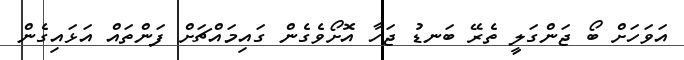
އަވަހަށް ބޯ ޖަންގަލީ ތެރޭ ބަނޑު ޖަހާ އޮށޯވެގެން ގައިމައްޗަށް ފަންތައް އަޅައިގެން